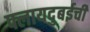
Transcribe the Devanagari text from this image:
फ्लायदुबईची